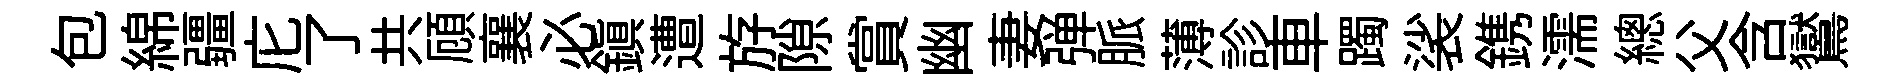
包綿疆庀了共頋襄必鎮遭斿隙賞幽妻弹脈薄診車躅裟鎸濡總父含鸑